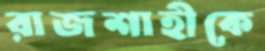
রাজশাহীকে